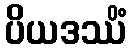
ပိယဒဿိံ